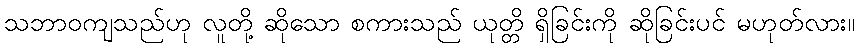
သဘာဝကျသည်ဟု လူတို့ ဆိုသော စကားသည် ယုတ္တိ ရှိခြင်းကို ဆိုခြင်းပင် မဟုတ်လား။